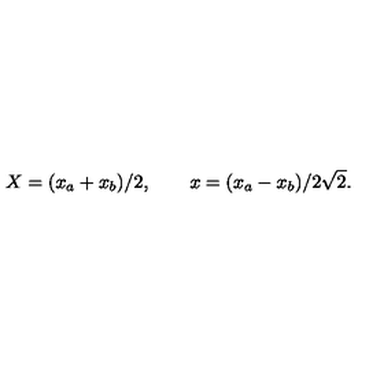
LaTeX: X = ( x _ { a } + x _ { b } ) / 2 , \qquad x = ( x _ { a } - x _ { b } ) / 2 \sqrt { 2 } .